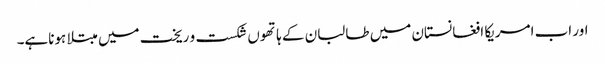
اور اب امریکا افغانستان میں طالبان کے ہاتھوں شکست و ریخت میں مبتلا ہوناہے۔